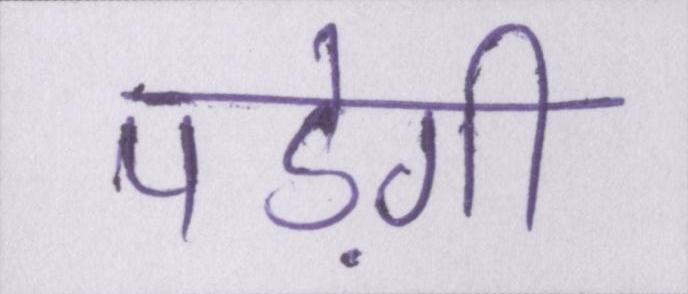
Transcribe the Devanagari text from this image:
पड़ेगी